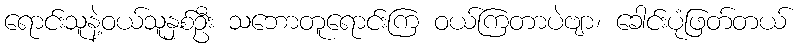
ရောင်းသူနဲ့ဝယ်သူနှစ်ဦး သဘောတူရောင်းကြ ဝယ်ကြတာပဲဗျာ၊ ခေါင်းပုံဖြတ်တယ်